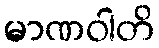
မာဏဝါတိ